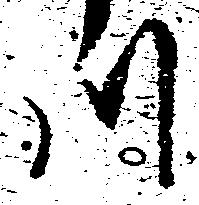
川